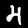
Label: 4